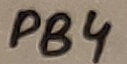
Text: PB4